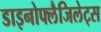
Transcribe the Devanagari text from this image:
डाइनोफ्लैजिलेट्स